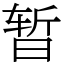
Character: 暂